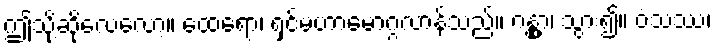
ဤသို့ဆိုလေလော့။ ထေရော၊ ရှင်မဟာမောဂ္ဂလာန်သည်။ ဂန္တွာ၊ သွား၍။ ဝံသဿ၊